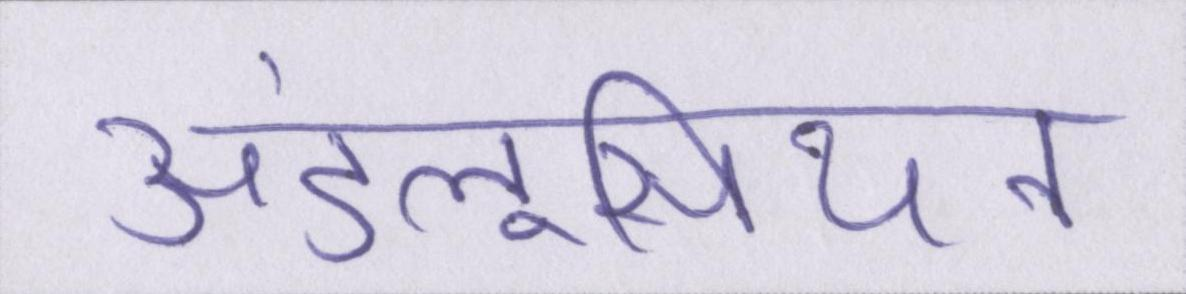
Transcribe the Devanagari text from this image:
अंडलूसियन